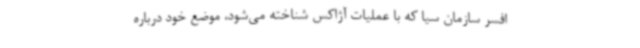
افسر سازمان سیا که با عملیات آژاکس شناخته می‌شود، موضع خود درباره